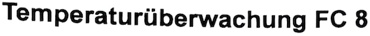
Text: Temperaturüberwachung FC 8